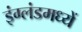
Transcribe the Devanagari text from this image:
इंग्लंडमध्यें